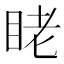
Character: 𬑑